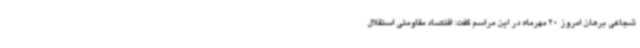
شجاعی برهان امروز 20 مهرماه در این مراسم گفت: اقتصاد مقاومتی استقلال